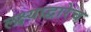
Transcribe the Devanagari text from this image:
लक्ष्याद्वारेच